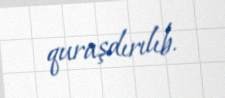
quraşdırılıb.